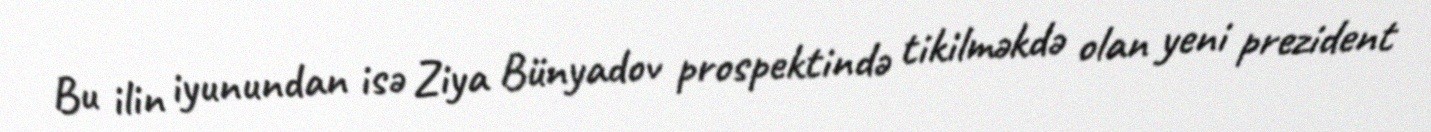
Bu ilin iyunundan isə Ziya Bünyadov prospektində tikilməkdə olan yeni prezident